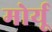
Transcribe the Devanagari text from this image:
मोर्यू